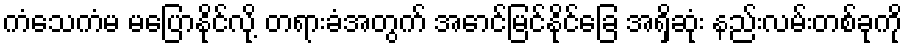
ကံသေကံမ မပြောနိုင်လို့ တရားခံအတွက် အောင်မြင်နိုင်ခြေ အရှိဆုံး နည်းလမ်းတစ်ခုကို